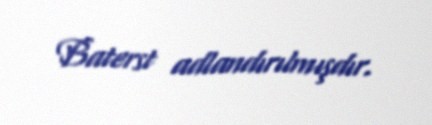
Baterst adlandırılmışdır.